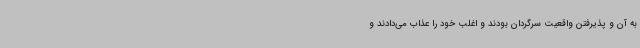
به آن و پذیرفتن واقعیت سرگردان بودند و اغلب خود را عذاب می‌دادند و